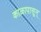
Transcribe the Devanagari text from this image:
काळापासून्